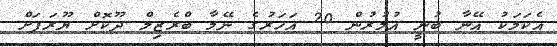
އެކަމަކު އޭނާ ބުނީ އުމުރުން 20 އަހަރުގެ ނޭމާ ބްރެޒިލް ދޫކޮށް ޔޫރަޕަށް